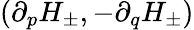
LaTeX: (\partial_{p}H_{\pm},-\partial_{q}H_{\pm})